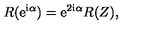
R ( { \mathrm { e } } ^ { { \mathrm { i } } \alpha } ) = { \mathrm { e } } ^ { 2 { \mathrm { i } } \alpha } R ( Z ) ,